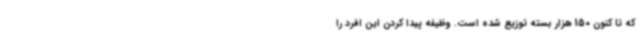
که تا کنون 150 هزار بسته توزیع شده است. وظیفه پیدا کردن این افرد را